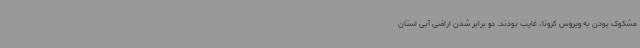
مشکوک بودن به ویروس کرونا، غایب بودند. دو برابر شدن اراضی آبی استان